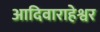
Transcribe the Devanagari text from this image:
आदिवाराहेश्वर